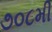
૭૦૮મી